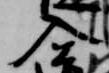
入